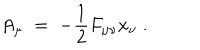
A _ { \mu } \; = \; - \frac { 1 } { 2 } F _ { \mu \nu } x _ { \nu } \; .